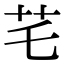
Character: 𦬃